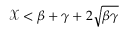
\mathcal { X } < \beta + \gamma + 2 \sqrt { \beta \gamma }